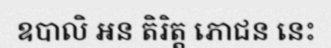
ឧបាលិ អន តិរិត្ត ភោជន នេះ